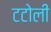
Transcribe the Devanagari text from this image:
टटोली